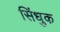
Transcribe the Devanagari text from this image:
सिंधुक